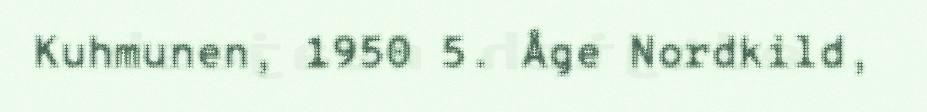
Kuhmunen, 1950 5. Åge Nordkild,